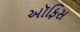
અૉફિસ